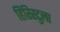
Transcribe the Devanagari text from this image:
हिरिस्टुला